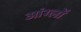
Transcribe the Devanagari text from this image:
आंग्लों